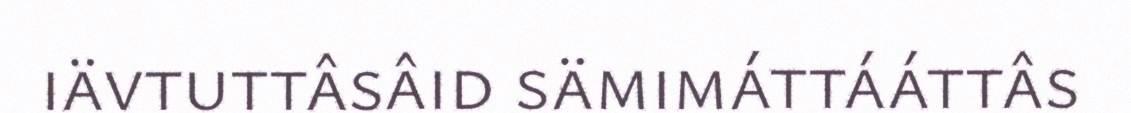
iävtuttâsâid sämimáttááttâs